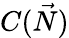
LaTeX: C({\vec{N}})